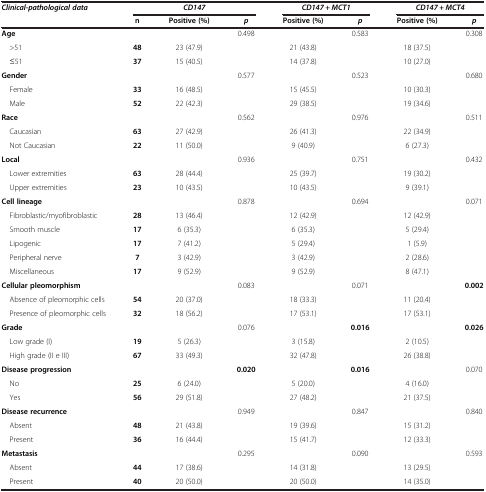
<table><thead><tr><td rowspan="2"><b><i>Clinical-pathological data</i></b></td><td colspan="3"><b><i>CD147</i></b></td><td colspan="2"><b><i>CD147 + MCT1</i></b></td><td colspan="2"><b><i>CD147 + MCT4</i></b></td></tr><tr><td><b>n</b></td><td><b>Positive (%)</b></td><td><b><i>p</i></b></td><td><b>Positive (%)</b></td><td><b><i>p</i></b></td><td><b>Positive (%)</b></td><td><b><i>p</i></b></td></tr></thead><tbody><tr><td><b>Age</b></td><td> </td><td> </td><td>0.498</td><td> </td><td>0.583</td><td> </td><td>0.308</td></tr><tr><td> &gt;51</td><td><b>48</b></td><td>23 (47.9)</td><td> </td><td>21 (43.8)</td><td> </td><td>18 (37.5)</td><td> </td></tr><tr><td> ≤51</td><td><b>37</b></td><td>15 (40.5)</td><td> </td><td>14 (37.8)</td><td> </td><td>10 (27.0)</td><td> </td></tr><tr><td><b>Gender</b></td><td> </td><td> </td><td>0.577</td><td> </td><td>0.523</td><td> </td><td>0.680</td></tr><tr><td> Female</td><td><b>33</b></td><td>16 (48.5)</td><td> </td><td>15 (45.5)</td><td> </td><td>10 (30.3)</td><td> </td></tr><tr><td> Male</td><td><b>52</b></td><td>22 (42.3)</td><td> </td><td>29 (38.5)</td><td> </td><td>19 (34.6)</td><td> </td></tr><tr><td><b>Race</b></td><td> </td><td> </td><td>0.562</td><td> </td><td>0.976</td><td> </td><td>0.511</td></tr><tr><td> Caucasian</td><td><b>63</b></td><td>27 (42.9)</td><td> </td><td>26 (41.3)</td><td> </td><td>22 (34.9)</td><td> </td></tr><tr><td> Not Caucasian</td><td><b>22</b></td><td>11 (50.0)</td><td> </td><td>9 (40.9)</td><td> </td><td>6 (27.3)</td><td> </td></tr><tr><td><b>Local</b></td><td> </td><td> </td><td>0.936</td><td> </td><td>0.751</td><td> </td><td>0.432</td></tr><tr><td> Lower extremities</td><td><b>63</b></td><td>28 (44.4)</td><td> </td><td>25 (39.7)</td><td> </td><td>19 (30.2)</td><td> </td></tr><tr><td> Upper extremities</td><td><b>23</b></td><td>10 (43.5)</td><td> </td><td>10 (43.5)</td><td> </td><td>9 (39.1)</td><td> </td></tr><tr><td><b>Cell lineage</b></td><td> </td><td> </td><td>0.878</td><td> </td><td>0.694</td><td> </td><td>0.071</td></tr><tr><td> Fibroblastic/myofibroblastic</td><td><b>28</b></td><td>13 (46.4)</td><td> </td><td>12 (42.9)</td><td> </td><td>12 (42.9)</td><td> </td></tr><tr><td> Smooth muscle</td><td><b>17</b></td><td>6 (35.3)</td><td> </td><td>6 (35.3)</td><td> </td><td>5 (29.4)</td><td> </td></tr><tr><td> Lipogenic</td><td><b>17</b></td><td>7 (41.2)</td><td> </td><td>5 (29.4)</td><td> </td><td>1 (5.9)</td><td> </td></tr><tr><td> Peripheral nerve</td><td><b>7</b></td><td>3 (42.9)</td><td> </td><td>3 (42.9)</td><td> </td><td>2 (28.6)</td><td> </td></tr><tr><td> Miscellaneous</td><td><b>17</b></td><td>9 (52.9)</td><td> </td><td>9 (52.9)</td><td> </td><td>8 (47.1)</td><td> </td></tr><tr><td><b>Cellular pleomorphism</b></td><td> </td><td> </td><td>0.083</td><td> </td><td>0.071</td><td> </td><td><b>0.002</b></td></tr><tr><td> Absence of pleomorphic cells</td><td><b>54</b></td><td>20 (37.0)</td><td> </td><td>18 (33.3)</td><td> </td><td>11 (20.4)</td><td> </td></tr><tr><td> Presence of pleomorphic cells</td><td><b>32</b></td><td>18 (56.2)</td><td> </td><td>17 (53.1)</td><td> </td><td>17 (53.1)</td><td> </td></tr><tr><td><b>Grade</b></td><td> </td><td> </td><td>0.076</td><td> </td><td><b>0.016</b></td><td> </td><td><b>0.026</b></td></tr><tr><td> Low grade (I)</td><td><b>19</b></td><td>5 (26.3)</td><td> </td><td>3 (15.8)</td><td> </td><td>2 (10.5)</td><td> </td></tr><tr><td> High grade (II e III)</td><td><b>67</b></td><td>33 (49.3)</td><td> </td><td>32 (47.8)</td><td> </td><td>26 (38.8)</td><td> </td></tr><tr><td><b>Disease progression</b></td><td> </td><td> </td><td><b>0.020</b></td><td> </td><td><b>0.016</b></td><td> </td><td>0.070</td></tr><tr><td> No</td><td><b>25</b></td><td>6 (24.0)</td><td> </td><td>5 (20.0)</td><td> </td><td>4 (16.0)</td><td> </td></tr><tr><td> Yes</td><td><b>56</b></td><td>29 (51.8)</td><td> </td><td>27 (48.2)</td><td> </td><td>21 (37.5)</td><td> </td></tr><tr><td><b>Disease recurrence</b></td><td> </td><td> </td><td>0.949</td><td> </td><td>0.847</td><td> </td><td>0.840</td></tr><tr><td> Absent</td><td><b>48</b></td><td>21 (43.8)</td><td> </td><td>19 (39.6)</td><td> </td><td>15 (31.2)</td><td> </td></tr><tr><td> Present</td><td><b>36</b></td><td>16 (44.4)</td><td> </td><td>15 (41.7)</td><td> </td><td>12 (33.3)</td><td> </td></tr><tr><td><b>Metastasis</b></td><td> </td><td> </td><td>0.295</td><td> </td><td>0.090</td><td> </td><td>0.593</td></tr><tr><td> Absent</td><td><b>44</b></td><td>17 (38.6)</td><td> </td><td>14 (31.8)</td><td> </td><td>13 (29.5)</td><td> </td></tr><tr><td> Present</td><td><b>40</b></td><td>20 (50.0)</td><td> </td><td>20 (50.0)</td><td> </td><td>14 (35.0)</td><td> </td></tr></tbody></table>